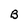
Character: B